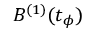
B ^ { ( 1 ) } ( t _ { \phi } )